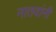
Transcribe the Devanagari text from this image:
नातवांनी